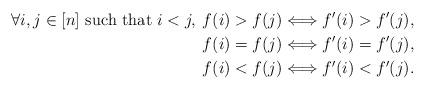
LaTeX: \begin{align*}\forall i,j\in [n] \mbox{ such that }i<j,\: f(i)>f(j)&\Longleftrightarrow f'(i)>f'(j),\\ f(i)=f(j)&\Longleftrightarrow f'(i)=f'(j),\\ f(i)<f(j)&\Longleftrightarrow f'(i)<f'(j).\end{align*}